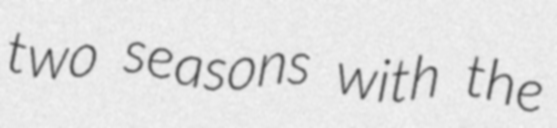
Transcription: two seasons with the